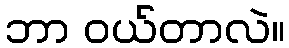
ဘာ ဝယ်တာလဲ။